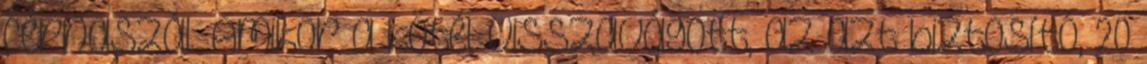
cérnaszál. Amikor a kötél visszavágott, az azt biztosító, 20